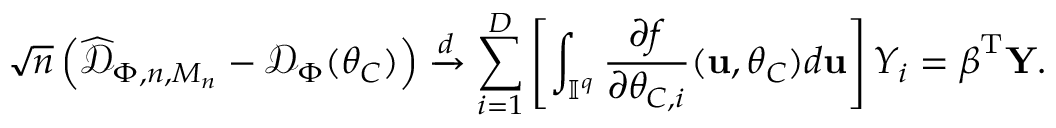
\sqrt { n } \left( \widehat { \mathcal { D } } _ { \Phi , n , M _ { n } } - \mathcal { D } _ { \Phi } ( \boldsymbol { \theta } _ { C } ) \right) \xrightarrow { d } \sum _ { i = 1 } ^ { D } \left[ \int _ { \mathbb { I } ^ { q } } \frac { \partial f } { \partial \theta _ { C , i } } ( \mathbf { u } , \boldsymbol { \theta } _ { C } ) d \mathbf { u } \right] Y _ { i } = \boldsymbol { \beta } ^ { \mathrm { T } } \mathbf { Y } .